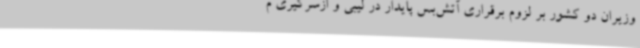
وزیران دو کشور بر لزوم برقراری آتش‌بس پایدار در لیبی و ازسرگیری م